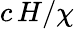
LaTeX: c\, H/\chi